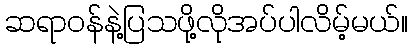
ဆရာဝန်နဲ့ပြသဖို့လိုအပ်ပါလိမ့်မယ်။